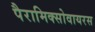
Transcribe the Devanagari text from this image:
पैरामिक्सोवायरस